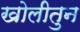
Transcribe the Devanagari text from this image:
खोलीतुन